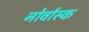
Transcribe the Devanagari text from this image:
नोर्वास्क